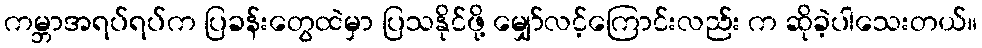
ကမ္ဘာအရပ်ရပ်က ပြခန်းတွေထဲမှာ ပြသနိုင်ဖို့ မျှော်လင့်ကြောင်းလည်း က ဆိုခဲ့ပါသေးတယ်။